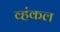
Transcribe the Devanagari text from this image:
व्हंकल